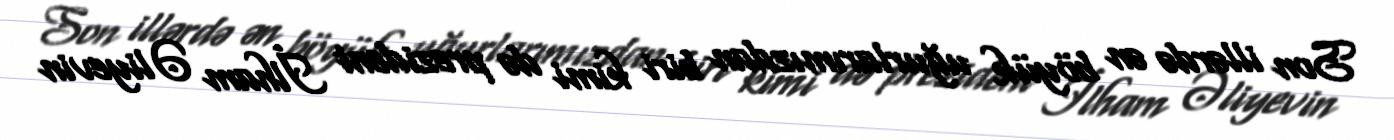
Son illərdə ən böyük uğurlarımızdan biri kimi də prezident İlham Əliyevin